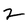
Character: 2